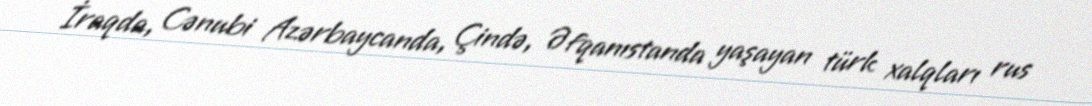
İraqda, Cənubi Azərbaycanda, Çində, Əfqanıstanda yaşayan türk xalqları rus